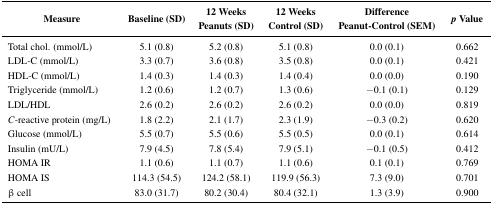
<table><thead><tr><td><b>Measure</b></td><td><b>Baseline (SD)</b></td><td><b>12 Weeks Peanuts (SD)</b></td><td><b>12 Weeks Control (SD)</b></td><td><b>Difference Peanut-Control (SEM)</b></td><td><b><i>p</i> Value</b></td></tr></thead><tbody><tr><td>Total chol. (mmol/L)</td><td>5.1 (0.8)</td><td>5.2 (0.8)</td><td>5.1 (0.8)</td><td>0.0 (0.1)</td><td>0.662</td></tr><tr><td>LDL-C (mmol/L)</td><td>3.3 (0.7)</td><td>3.6 (0.8)</td><td>3.5 (0.8)</td><td>0.0 (0.1)</td><td>0.421</td></tr><tr><td>HDL-C (mmol/L)</td><td>1.4 (0.3)</td><td>1.4 (0.3)</td><td>1.4 (0.4)</td><td>0.0 (0.0)</td><td>0.190</td></tr><tr><td>Triglyceride (mmol/L)</td><td>1.2 (0.6)</td><td>1.2 (0.7)</td><td>1.3 (0.6)</td><td>−0.1 (0.1)</td><td>0.129</td></tr><tr><td>LDL/HDL</td><td>2.6 (0.2)</td><td>2.6 (0.2)</td><td>2.6 (0.2)</td><td>0.0 (0.0)</td><td>0.819</td></tr><tr><td><i>C</i>-reactive protein (mg/L)</td><td>1.8 (2.2)</td><td>2.1 (1.7)</td><td>2.3 (1.9)</td><td>−0.3 (0.2)</td><td>0.620</td></tr><tr><td>Glucose (mmol/L)</td><td>5.5 (0.7)</td><td>5.5 (0.6)</td><td>5.5 (0.5)</td><td>0.0 (0.1)</td><td>0.614</td></tr><tr><td>Insulin (mU/L)</td><td>7.9 (4.5)</td><td>7.8 (5.4)</td><td>7.9 (5.1)</td><td>−0.1 (0.5)</td><td>0.412</td></tr><tr><td>HOMA IR</td><td>1.1 (0.6)</td><td>1.1 (0.7)</td><td>1.1 (0.6)</td><td>0.1 (0.1)</td><td>0.769</td></tr><tr><td>HOMA IS</td><td>114.3 (54.5)</td><td>124.2 (58.1)</td><td>119.9 (56.3) </td><td>7.3 (9.0)</td><td>0.701</td></tr><tr><td>β cell</td><td>83.0 (31.7)</td><td>80.2 (30.4)</td><td>80.4 (32.1)</td><td>1.3 (3.9) </td><td>0.900</td></tr></tbody></table>